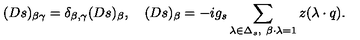
( D s ) _ { \beta \gamma } = \delta _ { \beta , \gamma } ( D s ) _ { \beta } , \quad ( D s ) _ { \beta } = - i g _ { s } \sum _ { \lambda \in \Delta _ { s } , \ \beta \cdot \lambda = 1 } z ( \lambda \cdot q ) .